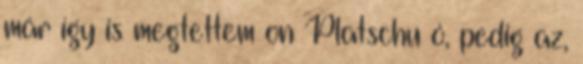
már így is megtettem on Platschu ó, pedig az,